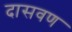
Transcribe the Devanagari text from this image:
दासवण